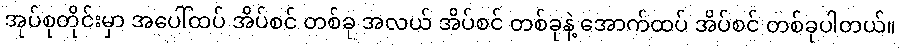
အုပ်စုတိုင်းမှာ အပေါ်ထပ် အိပ်စင် တစ်ခု အလယ် အိပ်စင် တစ်ခုနဲ့ အောက်ထပ် အိပ်စင် တစ်ခုပါတယ်။